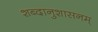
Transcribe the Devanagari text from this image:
शब्दानुशासनम्